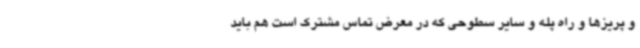
و پریزها و راه پله و سایر سطوحی که در معرض تماس مشترک است هم باید